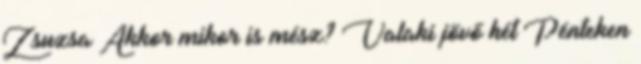
Zsuzsa Akkor mikor is mész? Valaki jövő hét Pénteken